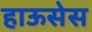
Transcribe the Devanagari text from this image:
हाऊसेस